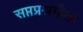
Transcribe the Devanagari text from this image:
सप्तप्रश्नगीता